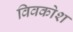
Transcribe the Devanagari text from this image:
विवकोश